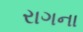
રાગના